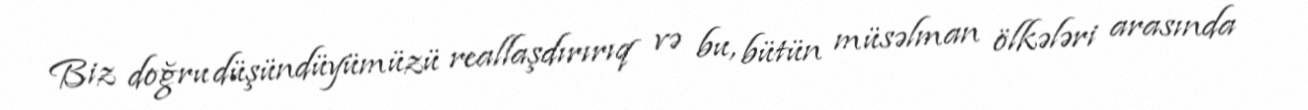
Biz doğru düşündüyümüzü reallaşdırırıq və bu, bütün müsəlman ölkələri arasında